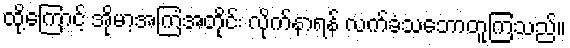
ထို့ကြောင့် အိုမာ့အကြံအတိုင်း လိုက်နာရန် လက်ခံသဘောတူကြသည်။